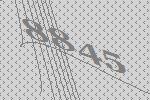
8845